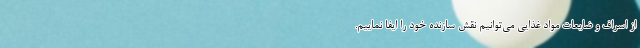
از اسراف و ضایعات مواد غذایی می‌توانیم نقش سازنده خود را ایفا نماییم.